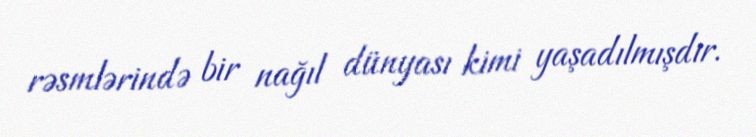
rəsmlərində bir nağıl dünyası kimi yaşadılmışdır.